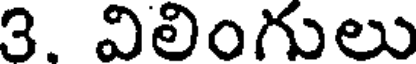
3. విలింగులు